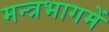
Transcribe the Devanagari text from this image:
मन्त्रभागमें